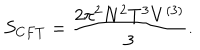
S _ { C F T } = \frac { 2 \pi ^ { 2 } N ^ { 2 } T ^ { 3 } V ^ { ( 3 ) } } { 3 } .